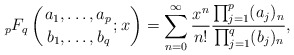
\begin{align*}{_{p}F_{q}}\left({ a_{1}, \ldots, a_{p} \atop b_{1}, \ldots, b_{q}}; x\right) = \sum_{n=0}^{\infty} \frac{x^{n}}{n!} \frac{\prod_{j=1}^{p} (a_{j})_{n}}{\prod_{j=1}^{q} (b_{j})_{n}},\end{align*}